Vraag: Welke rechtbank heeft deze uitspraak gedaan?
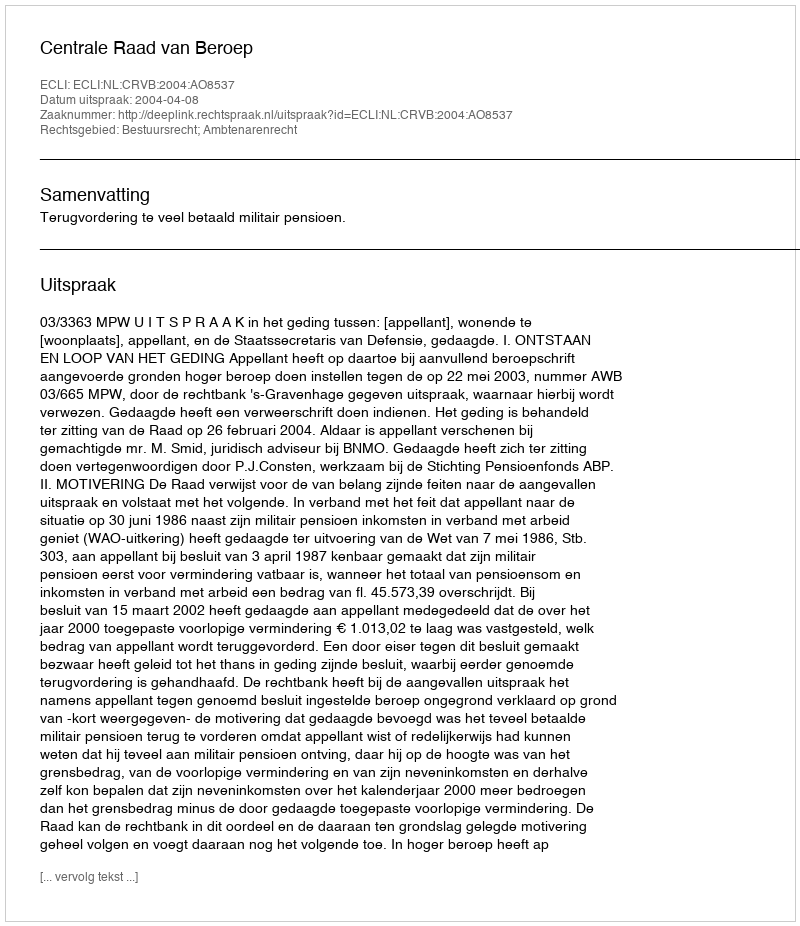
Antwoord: Centrale Raad van Beroep